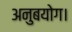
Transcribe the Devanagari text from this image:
अनुबयोग।